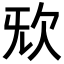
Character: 𣢕